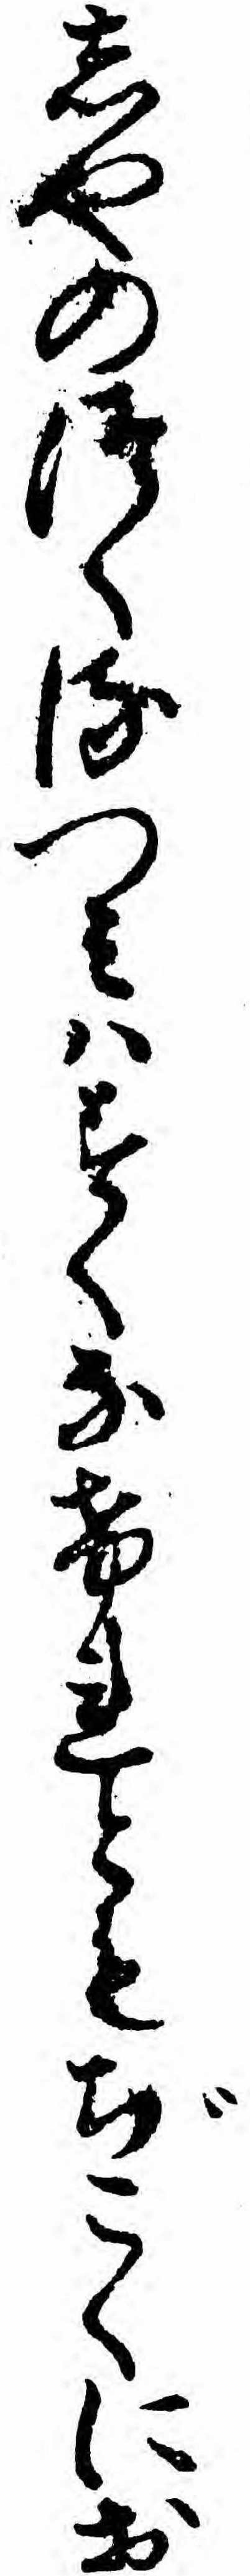
しやのつくるつミハすくなけれともぢこくにお